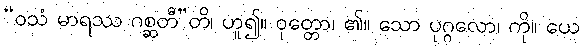
“ဝသံ မာရဿ ဂစ္ဆတီ”တိ၊ ဟူ၍။ ဝုတ္တော၊ ၏။ သော ပုဂ္ဂလော၊ ကို။ ယေ